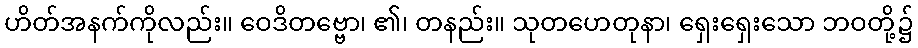
ဟိတ်အနက်ကိုလည်း။ ဝေဒိတဗ္ဗော၊ ၏၊ တနည်း။ သုတဟေတုနာ၊ ရှေးရှေးသော ဘဝတို့၌